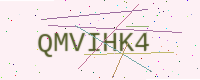
Text: QMVIHK4